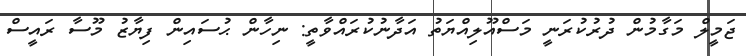
ޖަމީލް މަގާމުން ދުރުކުރަނީ މަސްއޫލިއްޔަތު އަދާނުކުރައްވާތީ: ނިހާން ޙުސައިން ފިޔާޒު މޫސާ ރައީސް